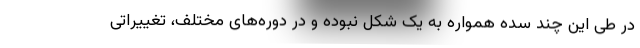
در طی این چند سده همواره به یک شکل نبوده و در دوره‌های مختلف، تغییراتی